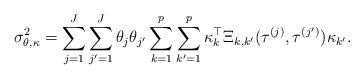
LaTeX: \begin{align*}\sigma_{\theta,\kappa}^{2}=\sum_{j=1}^{J}\sum_{j^{\prime}=1}^{J}\theta_{j}\theta_{j^{\prime}}\sum_{k=1}^{p}\sum_{k^{\prime}=1}^{p}\kappa_{k}^{\top}\Xi_{k,k^{\prime}}(\tau^{(j)},\tau^{(j^{\prime})})\kappa_{k^{\prime}}.\end{align*}